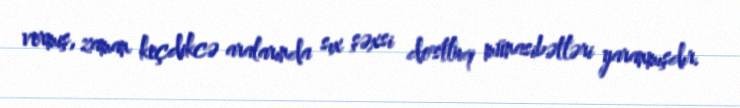
vermiş, zaman keçdikcə aralarında sıx şəxsi dostluq münasibətləri yaranmışdır.